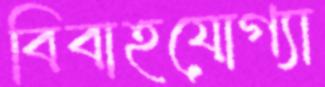
বিবাহযোগ্যা